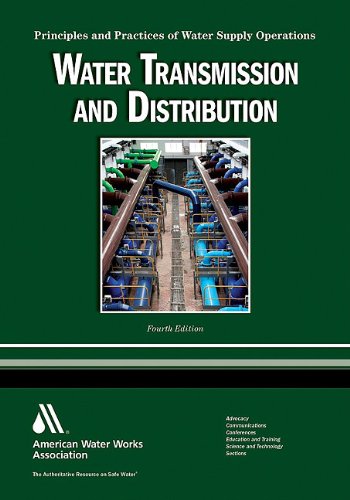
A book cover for Water Transmission and Distribution WSO: Principles and Practices of Water Supply Operations; Larry Mays; Science & Math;